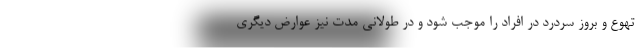
تهوع و بروز سردرد در افراد را موجب شود و در طولانی مدت نیز عوارض دیگری